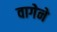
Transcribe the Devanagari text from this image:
वागेने